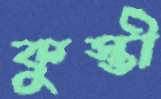
কুস্তী